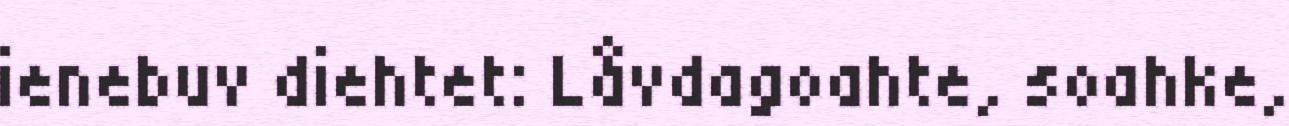
ienebuv diehtet: Låvdagoahte, soahke,